Subject: math
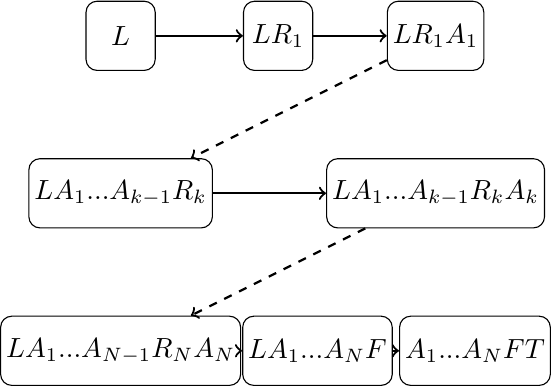
LaTeX code:
\begin{tikzpicture}
    [cluster/.style={fill=white!80, draw, minimum size=2.5em, inner sep=2pt, rounded corners}]
     \node[cluster] (1) at (0, 0)           {$L$};
     \node[cluster] (2) at (2, 0)           {$L R_1$};
     \node[cluster] (3) at (4, 0)           {$L R_1 A_1$};
     \node[cluster] (4) at (0, -2)          {$L A_1 ... A_{k-1} R_k$};
     \node[cluster] (5) at (4, -2)          {$L A_1 ... A_{k-1} R_k A_k$};
     \node[cluster] (6) at (0, -4)        {$L A_1 ... A_{N-1} R_N A_N$};
     \node[cluster] (8) at (2.5, -4)          {$L A_1 ... A_N F$};
     \node[cluster] (9) at (4.5, -4)        {$A_1 ... A_N F T$};
     \draw[->, thick] (1) -- (2);
     \draw[->, thick] (2) -- (3);
     \draw[->, thick, dashed] (3) -- (4);
     \draw[->, thick] (4) -- (5);
     \draw[->, thick, dashed] (5) -- (6);
     \draw[->, thick] (6) -- (8);
     \draw[->, thick] (8) -- (9);
\end{tikzpicture}